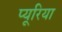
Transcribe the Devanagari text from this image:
प्यूरिया